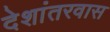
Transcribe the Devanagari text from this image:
देशांतरवास